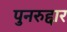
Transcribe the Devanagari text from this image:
पुनरुद्दार